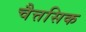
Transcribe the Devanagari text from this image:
चैत्तसिक